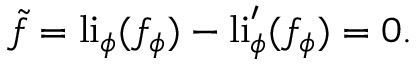
\tilde { f } = \mathrm { l i } _ { \phi } ( f _ { \phi } ) - \mathrm { l i } _ { \phi } ^ { \prime } ( f _ { \phi } ) = 0 .